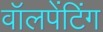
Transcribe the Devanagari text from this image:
वॉलपेंटिंग